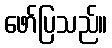
ဖော်ပြသည်။